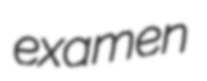
examen